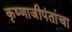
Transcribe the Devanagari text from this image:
कृष्णाजीपंतांचा